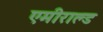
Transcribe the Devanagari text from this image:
एमीराल्ड